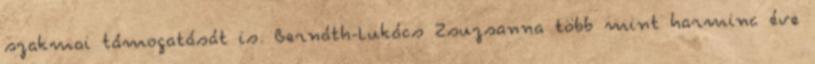
szakmai támogatását is. Bernáth-Lukács Zsuzsanna több mint harminc éve